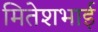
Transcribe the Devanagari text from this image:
मितेशभाई